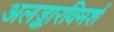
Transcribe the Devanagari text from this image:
अलङ्कारविमर्श